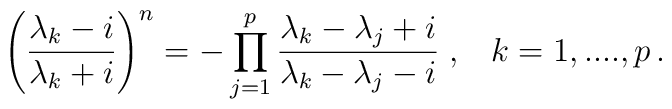
\left( \frac{\lambda _k -i}{\lambda _k +i}\right) ^n=-\prod_{j=1}^p\frac{\lambda _k-\lambda _j+i}{\lambda _k-\lambda _j-i}\;,\;\;\; k=1,....,p\,.